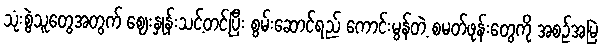
သုံးစွဲသူတွေအတွက် ဈေးနှုန်းသင့်တင့်ပြီး စွမ်းဆောင်ရည် ကောင်းမွန်တဲ့ စမတ်ဖုန်းတွေကို အစဉ်အမြဲ